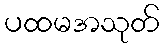
ပထမအသုတ်